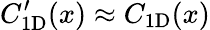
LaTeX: C_{\mathrm{1D}}^{\prime}(x)\approx C_{\mathrm{1D}}(x)